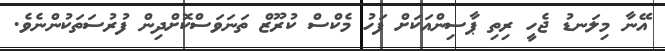
އޭނާ މިލަނޑު ޖެހީ ރިތި ޕާސިންއަކަށް ފަހު މެކްސް ކުރޫޒް ތަނަވަސްކޮށްދިން ފުރުސަތަކުންނެވެ.